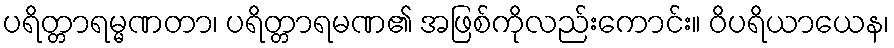
ပရိတ္တာရမ္မဏတာ၊ ပရိတ္တာရမဏ၏ အဖြစ်ကိုလည်းကောင်း။ ဝိပရိယာယေန၊